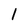
Character: 1